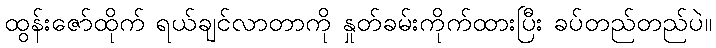
ထွန်းဇော်ထိုက် ရယ်ချင်လာတာကို နှုတ်ခမ်းကိုက်ထားပြီး ခပ်တည်တည်ပဲ။